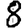
Digit: 8